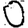
Digit: 0